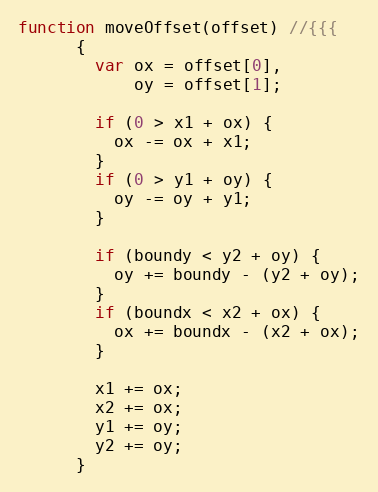
Language: JavaScript
function moveOffset(offset) //{{{
      {
        var ox = offset[0],
            oy = offset[1];

        if (0 > x1 + ox) {
          ox -= ox + x1;
        }
        if (0 > y1 + oy) {
          oy -= oy + y1;
        }

        if (boundy < y2 + oy) {
          oy += boundy - (y2 + oy);
        }
        if (boundx < x2 + ox) {
          ox += boundx - (x2 + ox);
        }

        x1 += ox;
        x2 += ox;
        y1 += oy;
        y2 += oy;
      }